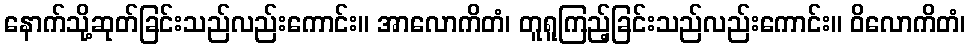
နောက်သို့ဆုတ်ခြင်းသည်လည်းကောင်း။ အာလောကိတံ၊ တူရူကြည့်ခြင်းသည်လည်းကောင်း။ ဝိလောကိတံ၊